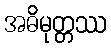
အဓိမုတ္တဿ